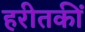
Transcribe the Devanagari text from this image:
हरीतकीं